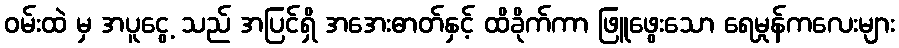
ဝမ်းထဲ မှ အပူငွေ့ သည် အပြင်ရှိ အအေးဓာတ်နှင့် ထိခိုက်ကာ ဖြူဖွေးသော ရေမှုန်ကလေးများ